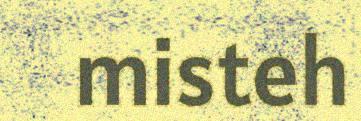
misteh